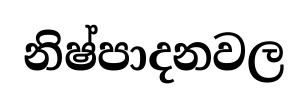
නිෂ්පාදනවල